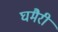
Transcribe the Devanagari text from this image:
घमैरी